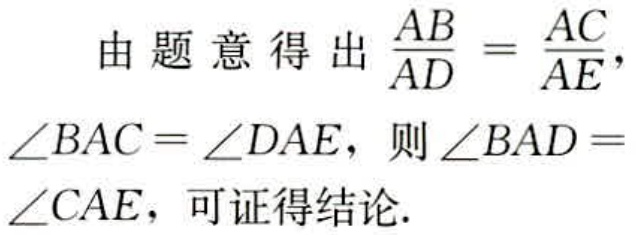
由题意得出$\frac{AB}{AD}=\frac{AC}{AE}$，$\angle BAC = \angle DAE$，则$\angle BAD = \angle CAE$，可证得结论.